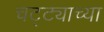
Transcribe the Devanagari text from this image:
चट्ट्याच्या